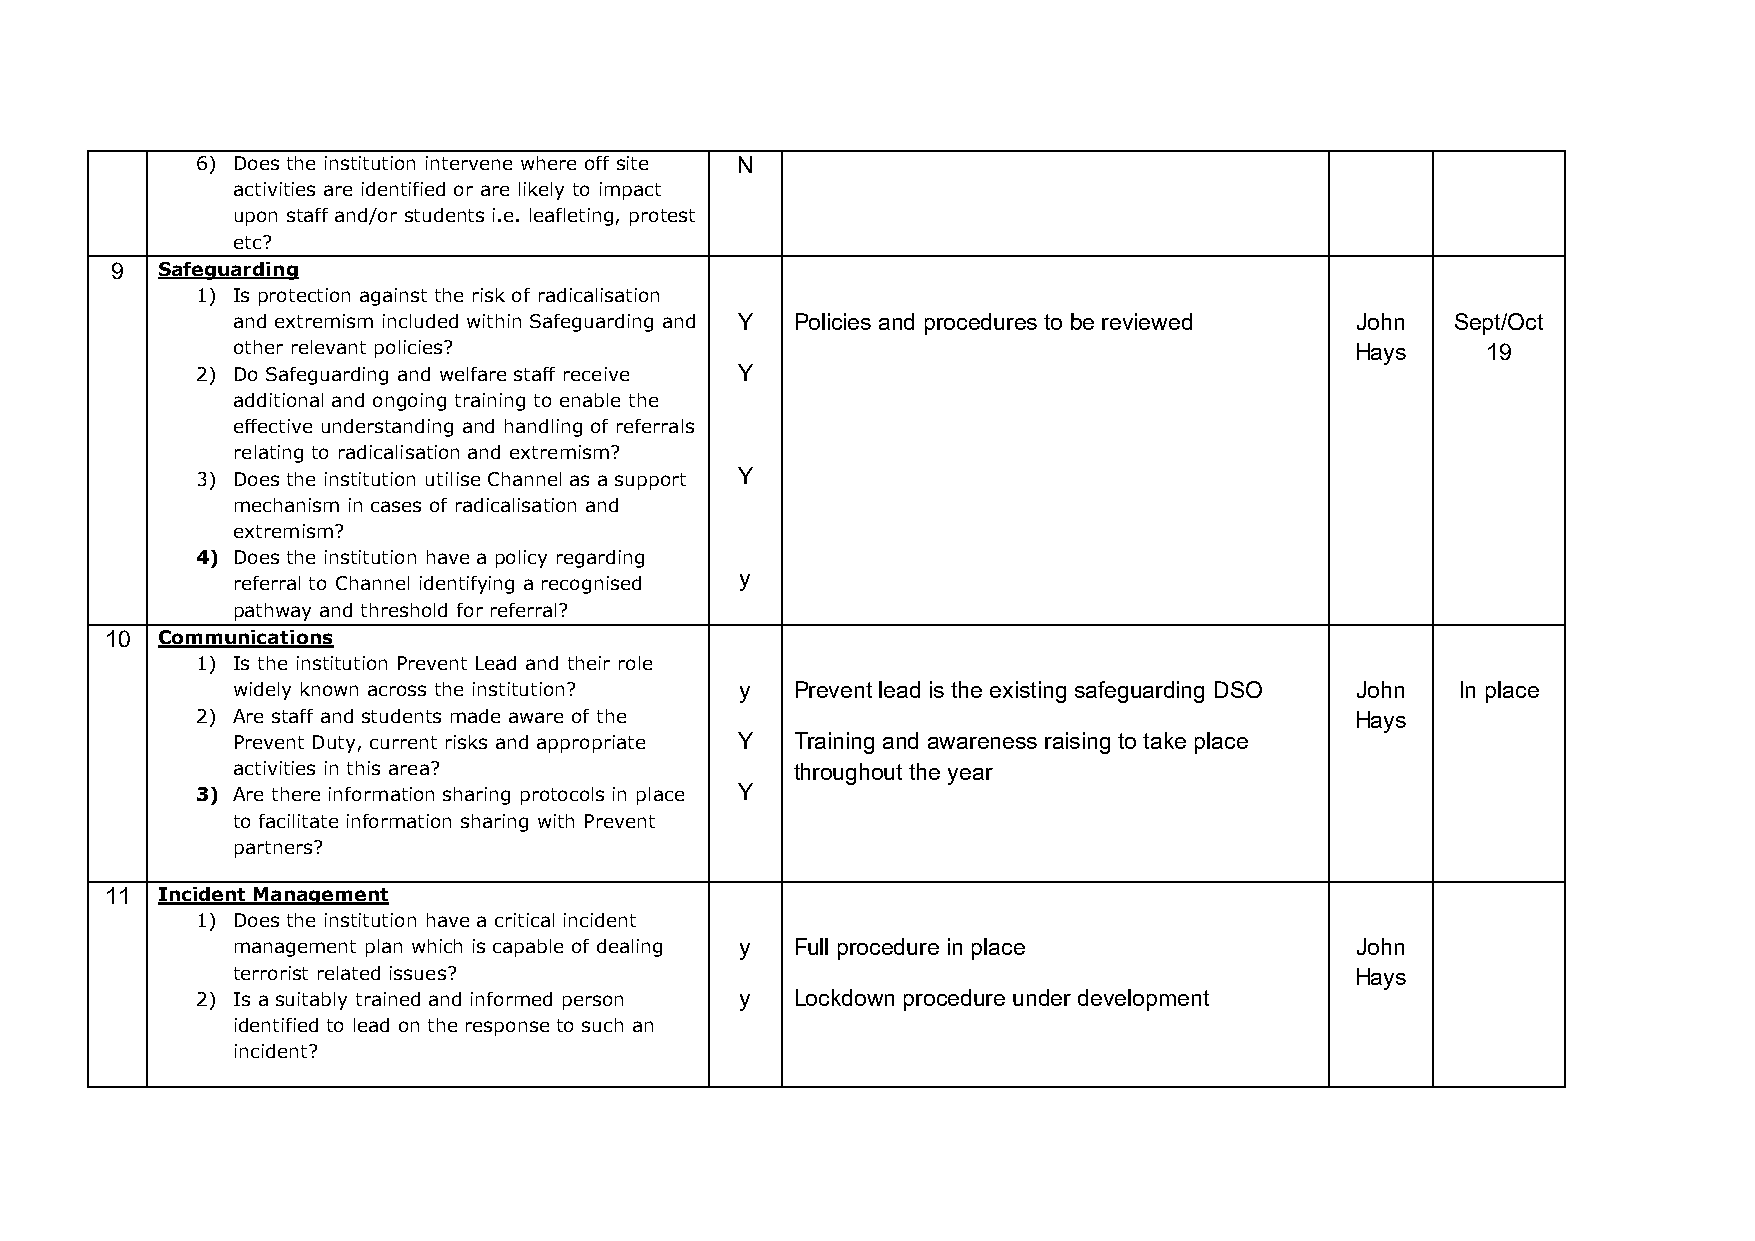
6) Does the institution intervene where off site N
 activities are identified or are likely to impact
 upon staff and/or students i.e. leafleting, protest
 etc?
 9  Safeguarding
 1) Is protection against the risk of radicalisation
 and extremism included within Safeguarding and Y Policies and procedures to be reviewed John Sept/Oct
 other relevant policies?                                                   Hays    19
 2) Do Safeguarding and welfare staff receive Y
 additional and ongoing training to enable the
 effective understanding and handling of referrals
 relating to radicalisation and extremism?
 3) Does the institution utilise Channel as a support Y
 mechanism in cases of radicalisation and
 extremism?
 4) Does the institution have a policy regarding
 y
 referral to Channel identifying a recognised
 pathway and threshold for referral?
 10 Communications
 1) Is the institution Prevent Lead and their role
 widely known across the institution? y Prevent lead is the existing safeguarding DSO John In place
 2) Are staff and students made aware of the                                  Hays
 Prevent Duty, current risks and appropriate Y Training and awareness raising to take place
 activities in this area?              throughout the year
 3) Are there information sharing protocols in place Y
 to facilitate information sharing with Prevent
 partners?
 11 Incident Management
 1) Does the institution have a critical incident
 management plan which is capable of dealing y Full procedure in place      John
 terrorist related issues?                                                  Hays
 2) Is a suitably trained and informed person y Lockdown procedure under development
 identified to lead on the response to such an
 incident?